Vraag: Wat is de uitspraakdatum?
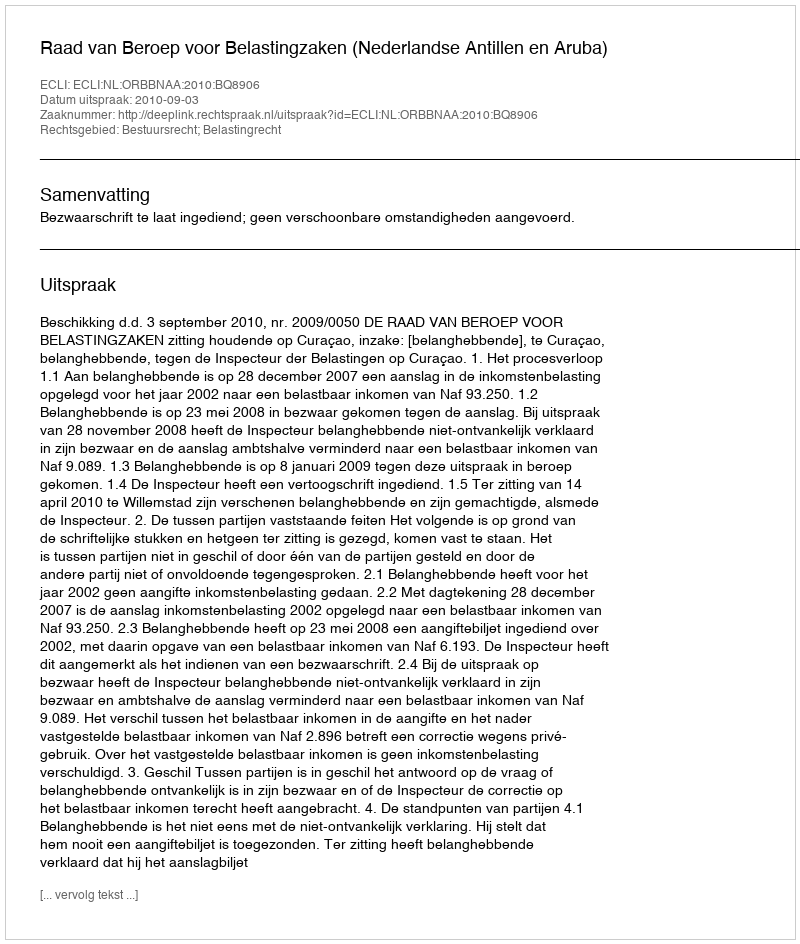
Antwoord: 2010-09-03